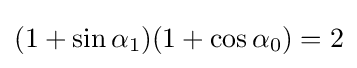
(1+\sin \alpha _{1})(1+\cos \alpha _{0})=2